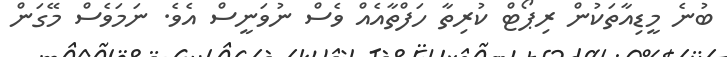
ބުނެ މީޑިއާތަކުން ރިޕޯޓް ކުރިތާ ހަފްތާއެއް ވެސް ނުވަނީސް އެވެ. ނަމަވެސް މޭގަން